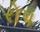
રોપ